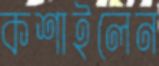
কশাইলেন